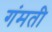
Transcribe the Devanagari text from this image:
गंमती